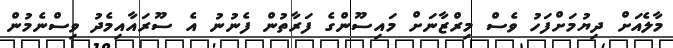
މާލެއަށް ދިޔުމަށްފަހު ވެސް މިރްޒާނަށް މައިސޫންގެ ފަރާތުން ފެނުނު އެ ސޫރައާއިމެދު ވިސްނެމުން